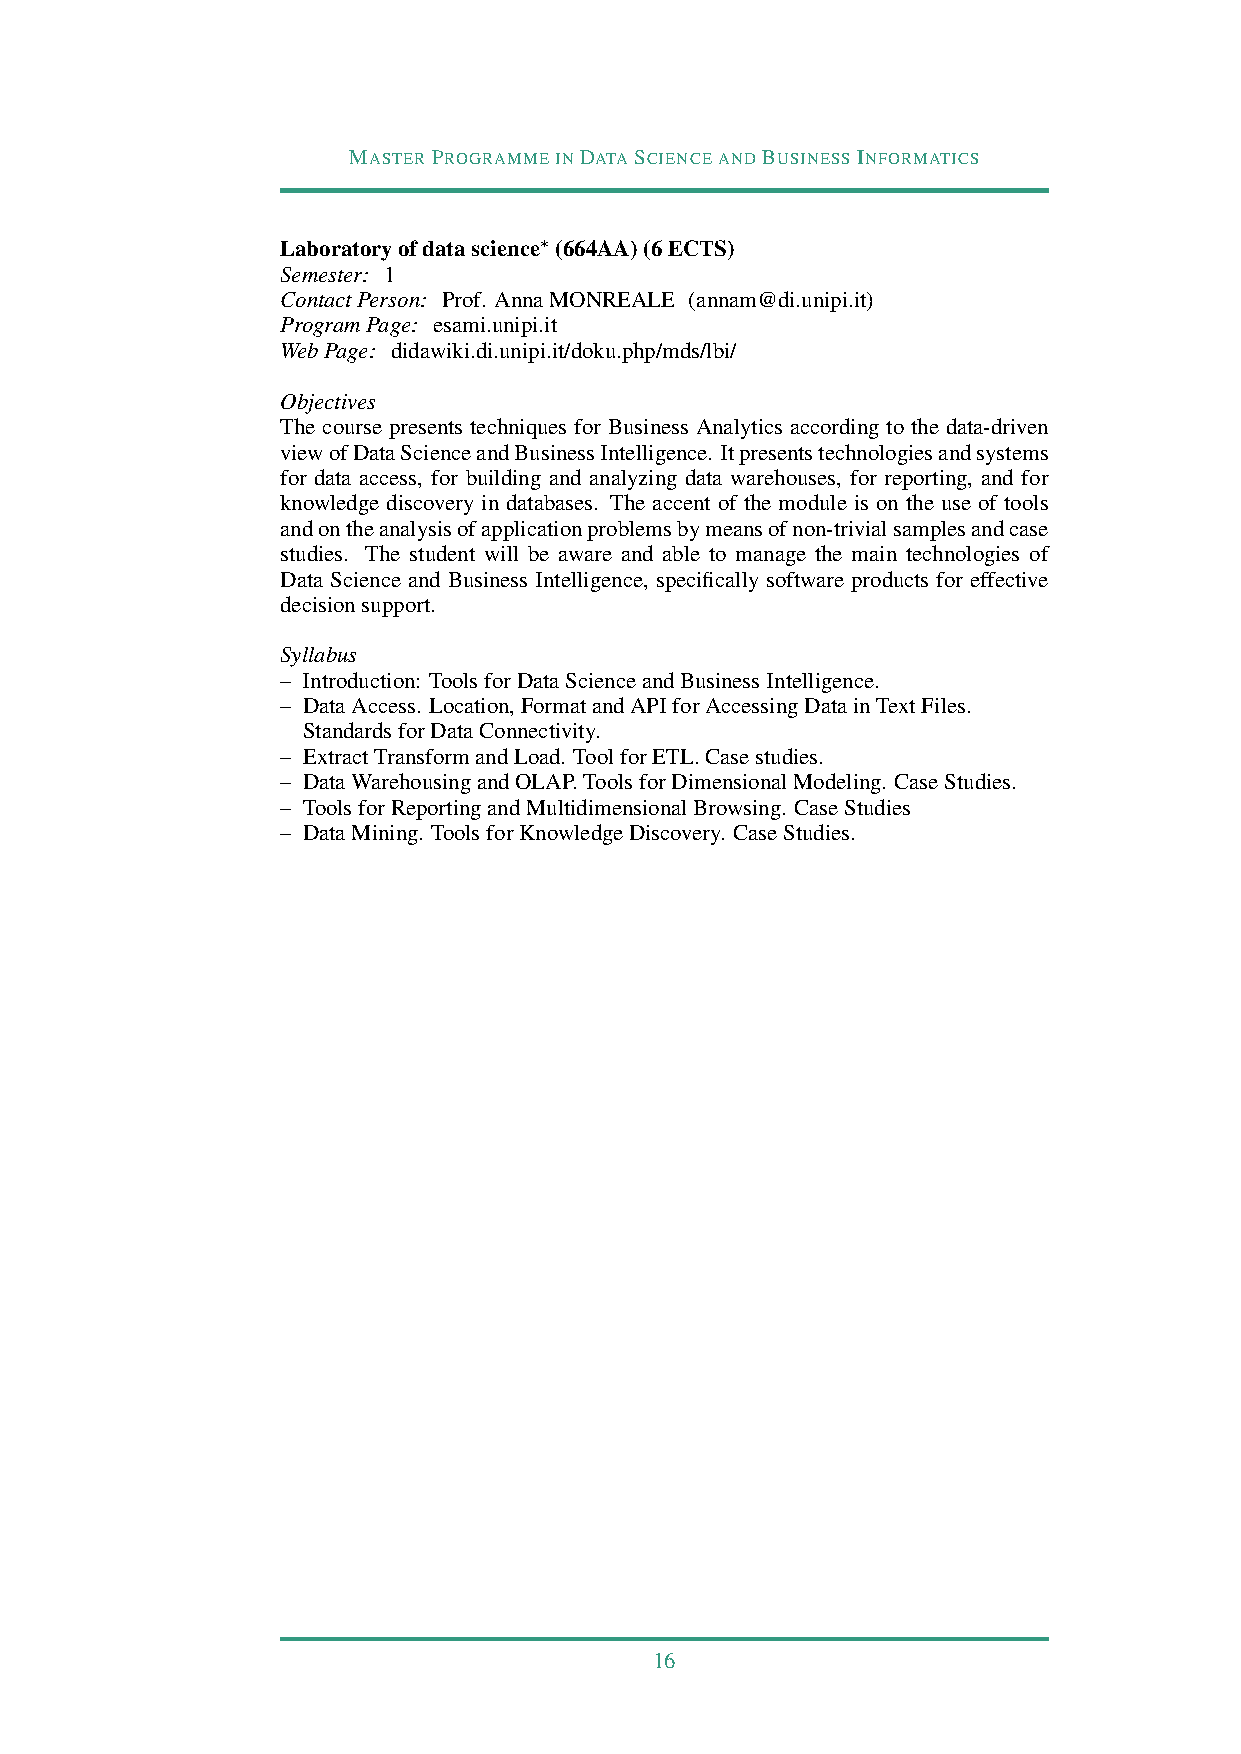
MASTERPROGRAMMEINDATASCIENCEANDBUSINESSINFORMATICS
 Laboratoryofdatascience∗ (664AA)(6ECTS)
 Semester: 1
 ContactPerson: Prof. AnnaMONREALE (annam@di.unipi.it)
 ProgramPage: esami.unipi.it
 WebPage: didawiki.di.unipi.it/doku.php/mds/lbi/
 Objectives
 The course presents techniques for Business Analytics according to the data-driven
 viewofDataScienceandBusinessIntelligence. Itpresentstechnologiesandsystems
 for data access, for building and analyzing data warehouses, for reporting, and for
 knowledge discovery in databases. The accent of the module is on the use of tools
 andontheanalysisofapplicationproblemsbymeansofnon-trivialsamplesandcase
 studies. The student will be aware and able to manage the main technologies of
 Data Science and Business Intelligence, specifically software products for effective
 decisionsupport.
 Syllabus
 – Introduction: ToolsforDataScienceandBusinessIntelligence.
 – DataAccess. Location,FormatandAPIforAccessingDatainTextFiles.
 StandardsforDataConnectivity.
 – ExtractTransformandLoad. ToolforETL.Casestudies.
 – DataWarehousingandOLAP.ToolsforDimensionalModeling. CaseStudies.
 – ToolsforReportingandMultidimensionalBrowsing. CaseStudies
 – DataMining. ToolsforKnowledgeDiscovery. CaseStudies.
 16